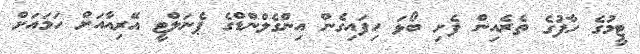
ޓީމުގެ ހާފުގެ ތެރެއިން ފެށި ބޯޅަ ހިފައިގެން އިންގެލްންޑްގެ ޕެނަލްޓީ އޭރިއާއަށް ހަމައަށް